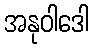
အနုဝါဒေါ